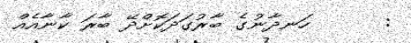
:      ހަނދާނުގެ ބާރުގަދަކޮށްދޭ ބާރަ ކާނާއެއް